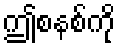
ဤစနစ်ကို